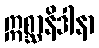
ဣစ္ဆာနိဒါနာ